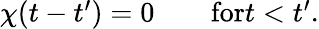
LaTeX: \begin{array}{r}{\chi(t-t^{\prime})=0\qquad\textrm{for}t<t^{\prime}.}\end{array}